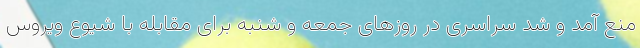
منع آمد و شد سراسری در روزهای جمعه و شنبه برای مقابله با شیوع ویروس